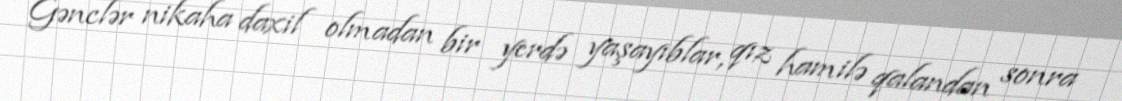
Gənclər nikaha daxil olmadan bir yerdə yaşayıblar, qız hamilə qalandan sonra